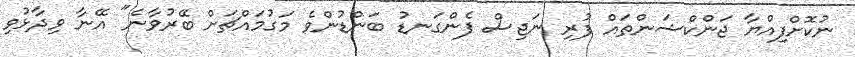
ނުކޮށްފިއްޔާ ޖަންކްޝަންތައް ފުރި ނަޖިސް ފެންގަނޑު ބަންޑުންވެ މަގުމައްޗަށް ބޭރުވާނެ" އޭނާ ވިދާޅުވި